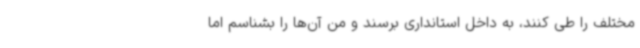
مختلف را طی کنند، به داخل استانداری برسند و من آن‌ها را بشناسم اما